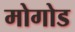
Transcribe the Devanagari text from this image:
मोगोड